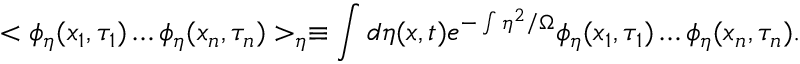
< \phi _ { \eta } ( x _ { 1 } , \tau _ { 1 } ) \ldots \phi _ { \eta } ( x _ { n } , \tau _ { n } ) > _ { \eta } \equiv \int d \eta ( x , t ) e ^ { - \int \eta ^ { 2 } / \Omega } \phi _ { \eta } ( x _ { 1 } , \tau _ { 1 } ) \ldots \phi _ { \eta } ( x _ { n } , \tau _ { n } ) .